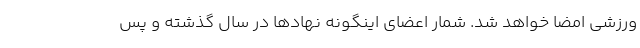
ورزشی امضا خواهد شد. شمار اعضای اینگونه نهاد‌ها در سال گذشته و پس